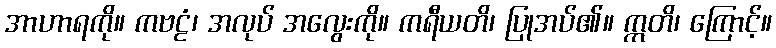
အာဟာရကို။ ကဗဠံ၊ အလုပ် အလွေးကို။ ကရီယတိ၊ ပြုအပ်၏။ ဣတိ၊ ကြောင့်။